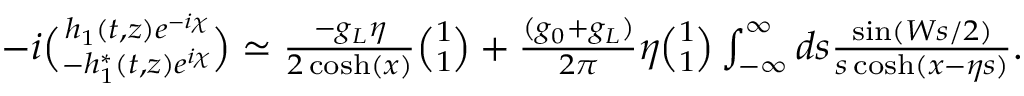
\begin{array} { r l r } & { } & { - i { \binom { h _ { 1 } ( t , z ) e ^ { - i \chi } } { - h _ { 1 } ^ { \ast } ( t , z ) e ^ { i \chi } } } \simeq \frac { - g _ { L } \eta } { 2 \cosh ( x ) } { \binom { 1 } { 1 } } + \frac { ( g _ { 0 } + g _ { L } ) } { 2 \pi } \eta { \binom { 1 } { 1 } } \int _ { - \infty } ^ { \infty } d s \frac { \sin ( W s / 2 ) } { s \cosh ( x - \eta s ) } . } \\ & { } & \end{array}